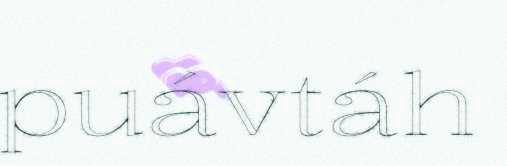
puávtáh